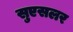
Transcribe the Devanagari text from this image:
सुएसलर